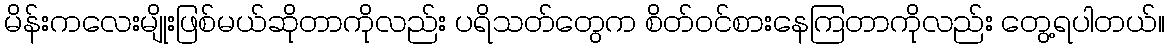
မိန်းကလေးမျိုးဖြစ်မယ်ဆိုတာကိုလည်း ပရိသတ်တွေက စိတ်ဝင်စားနေကြတာကိုလည်း တွေ့ရပါတယ်။